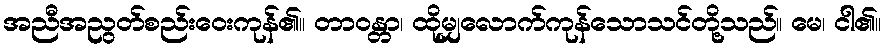
အညီအညွတ်စည်းဝေးကုန်၏။ တာဝန္တာ၊ ထိုမျှလောက်ကုန်သောသင်တို့သည်။ မေ၊ ငါ၏။